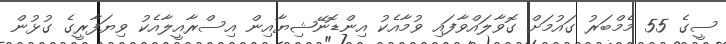
ސީގެ 55 މެމްބަރު ގައުމަށް ގޮވާލައްވާފައި ވުމާއެކު އިންޑޮނޭޝިޔާއިން އިސްރާއީލާއެކު ވިޔަފާރީގެ ގުޅުން